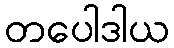
တပေါဒါယ